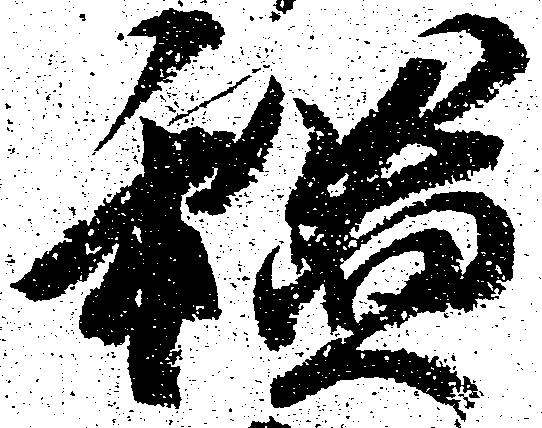
謐